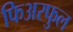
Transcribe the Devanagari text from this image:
फिअरफुल